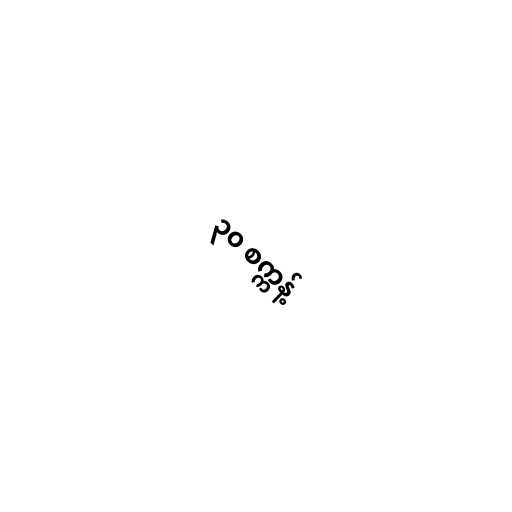
၃၀ စက္ကန့်